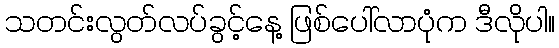
သတင်းလွတ်လပ်ခွင့်နေ့ ဖြစ်ပေါ်လာပုံက ဒီလိုပါ။